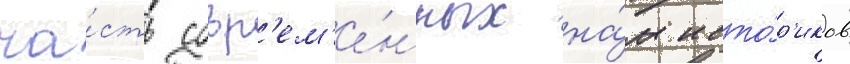
ча́сть совр'ем'е́нных на́м исто́р'иков